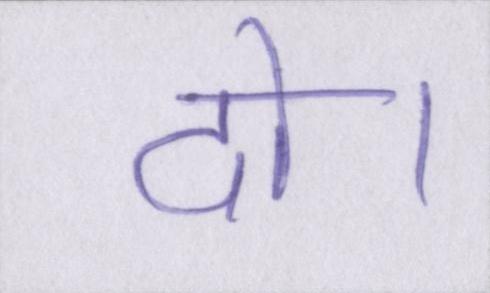
दो।